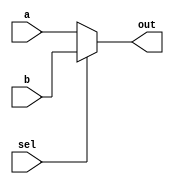
module top_module( 
    input [99:0] a, b,
    input sel,
    output [99:0] out );

    assign out = sel?b:a;
endmodule